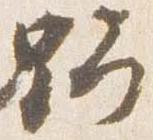
野